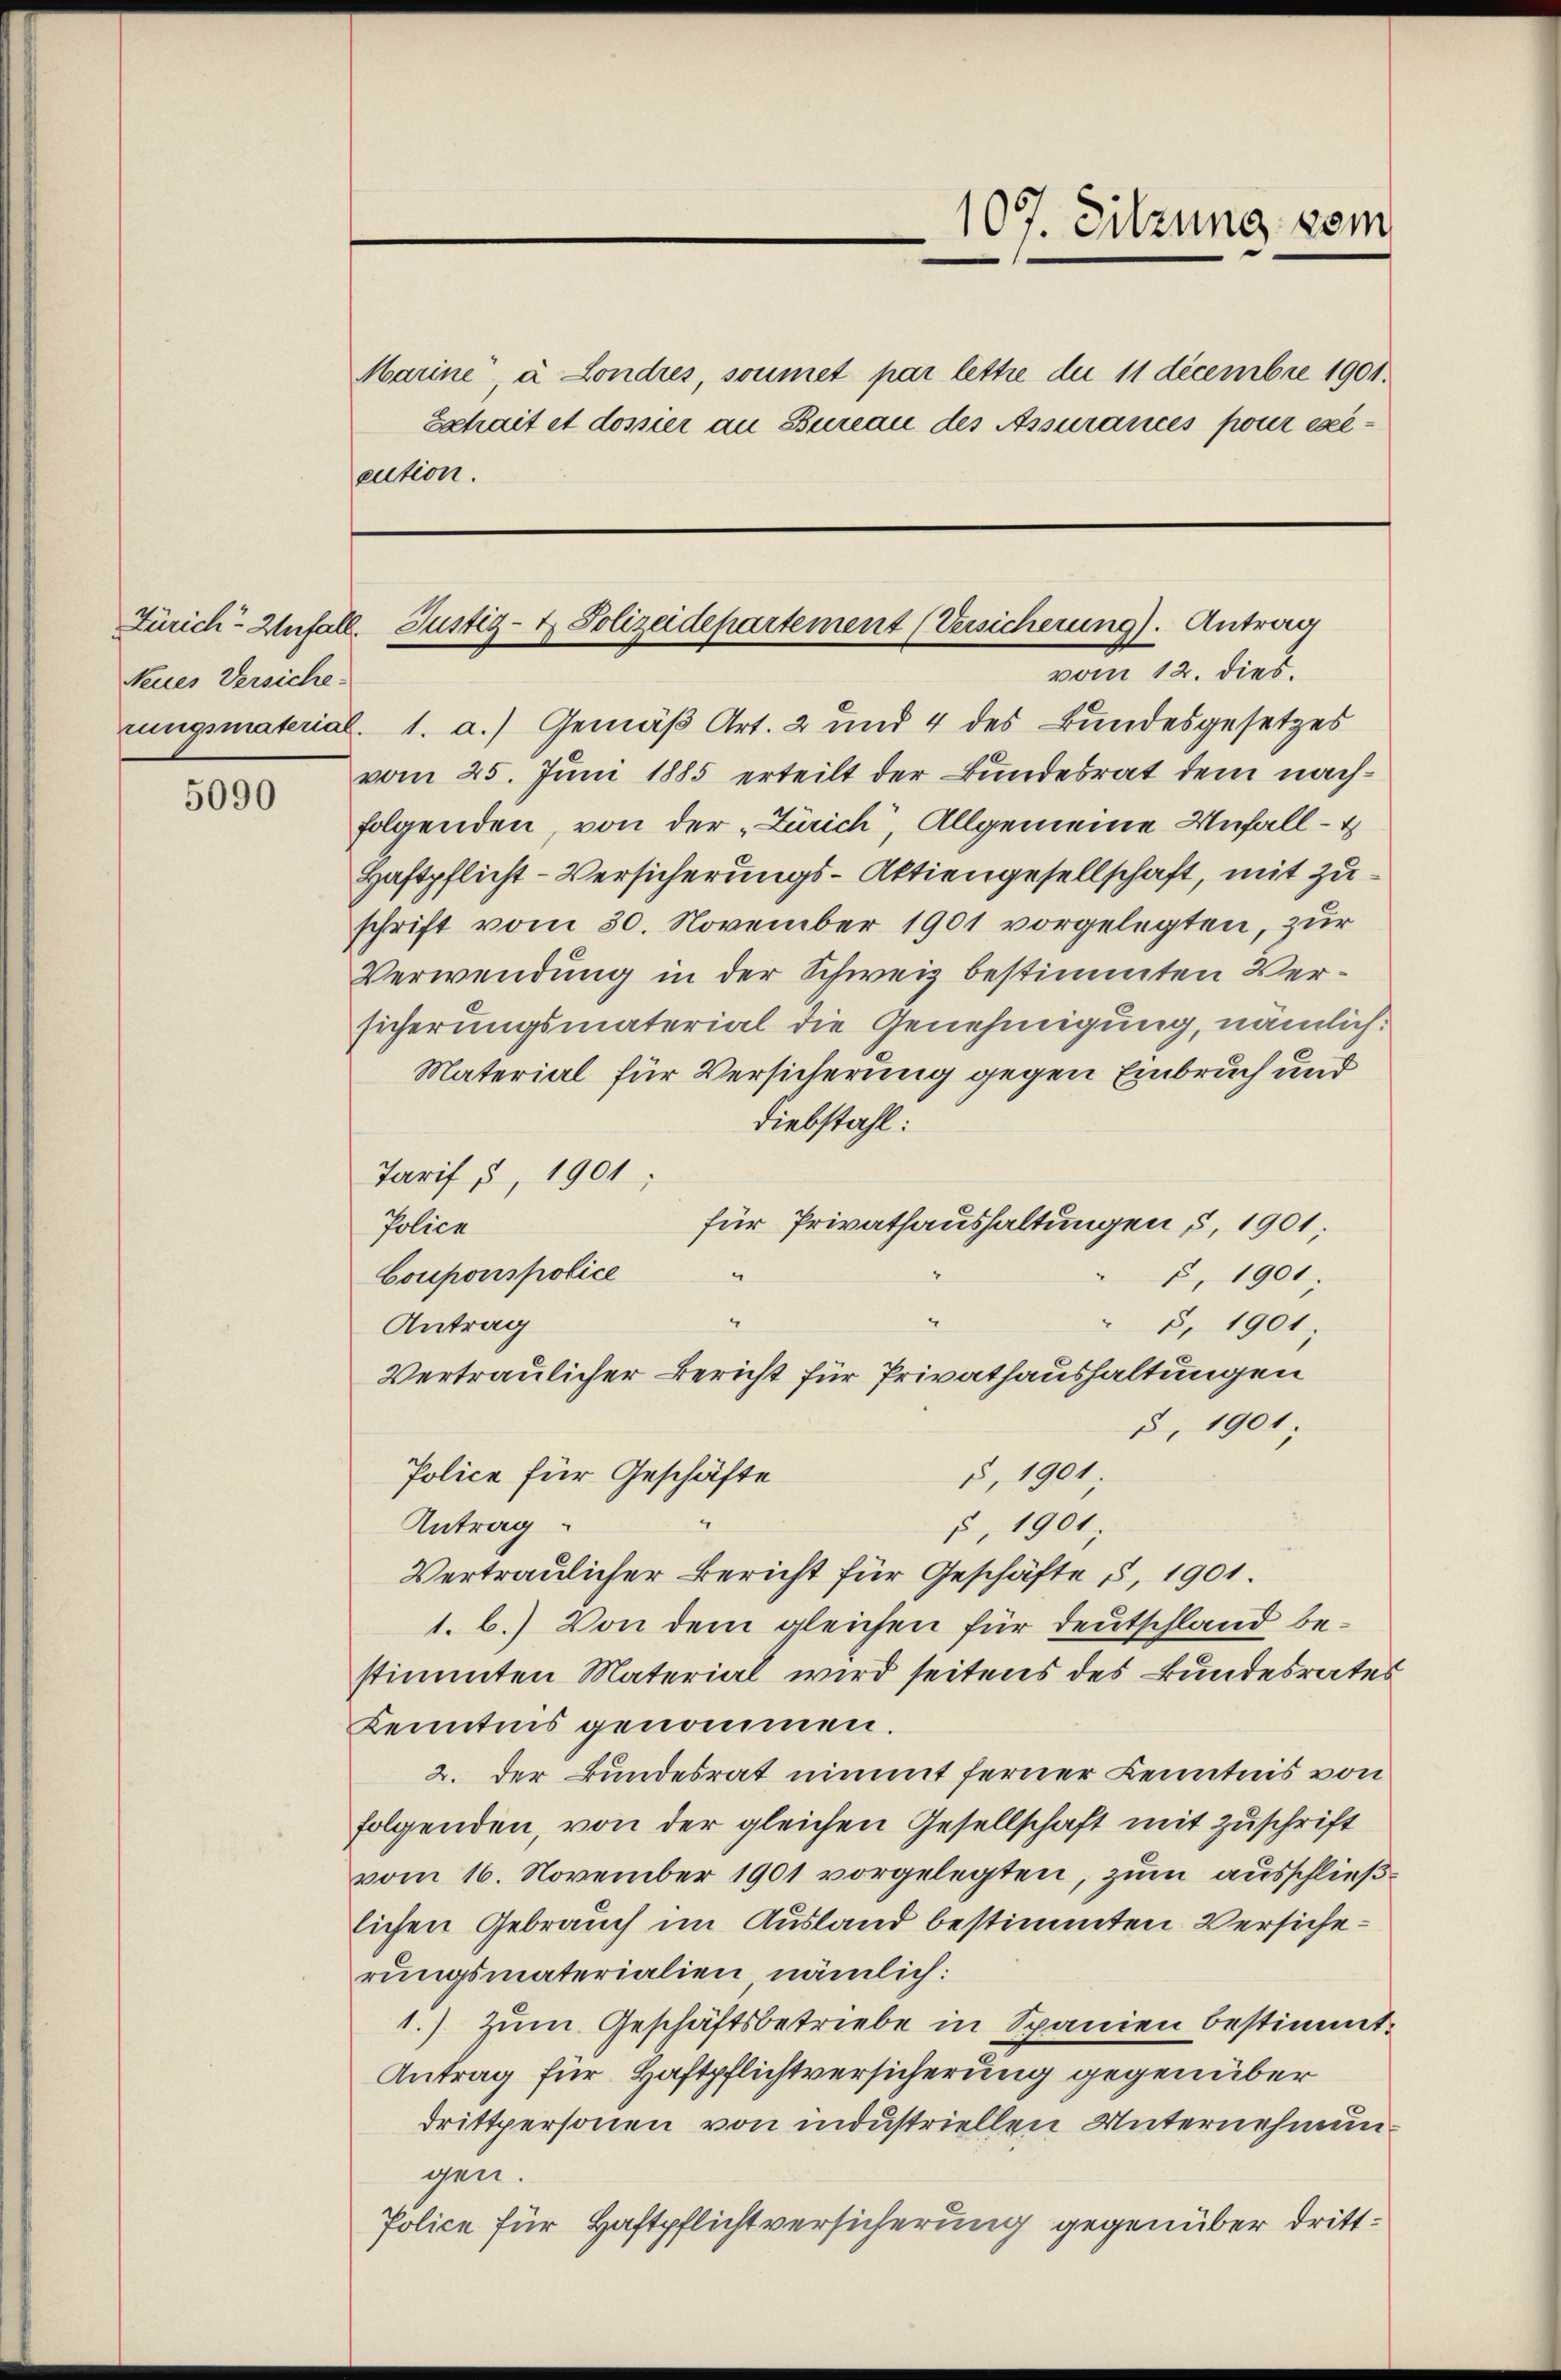
Neues Versiche

5090

Marine à Londres, soumet par lettre du 11 decembre 1901.
Echait et dossier an Bureau des Assurances pour execution.

107. Sitzung vom

Zürich-Unfäll. Justiz- & Polizeidepartement (Versicherung). Antrag
vom 12. dies

Vertraulicher Bericht für Privathaushaltungen
§, 1901

rungsmaterial. 1. a.) Gemäß Art. 2 und 4 des Bundesgesetzes
vom 25. Juni 1885 erteilt der Bundesrat dem nachfolgenden, von der „Zürich, Allgemeine Unfall -
Haftpflicht-Versicherungs-Aktiengesellschaft, mit Zuschrift vom 30. November 1901 vorgelegten, zur
Verwendung in der Schweiz bestimmten Versicherungsmaterial die Genehmigung, nämlich.
Material für Versicherung gegen Einbruch und
Diebstahl:
Tarif § 1901;
für Privathaushaltungen §. 1901.
Police
Couponspolice
c, 1901.
Antrag
8, 1901;
§ 1901;
Police für Geschäfte
Antrag
, 1901
Vertraulicher Bericht für Geschäfte §. 1901.
1. b.) Von dem gleichen für Deutschland bestimmten Material wird seitens des Bundesrates
Kenntnis genommen.
2. der Bundesrat nimmt ferner Kenntnis von
folgenden, von der gleichen Gesellschaft mit Zuschrift
vom 16. November 1901 vorgelegten, zum ausschließlichen Gebrauch im Ausland bestimmten Versicherungsmaterialien nämlich:
1.) Zum Geschäftsbetriebe in Spanien bestimmt.
Antrag für Haftpflichtversicherung gegenüber
drittpersonen von industriellen Unternehmun
gen.
Police für Haftpflichtversicherung gegenüber dritt¬